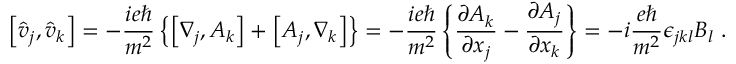
\left[ \hat { v } _ { j } , \hat { v } _ { k } \right] = - \frac { i e \hbar } { m ^ { 2 } } \left\{ \left[ \nabla _ { j } , A _ { k } \right] + \left[ A _ { j } , \nabla _ { k } \right] \right\} = - \frac { i e \hbar } { m ^ { 2 } } \left\{ \frac { \partial A _ { k } } { \partial x _ { j } } - \frac { \partial A _ { j } } { \partial x _ { k } } \right\} = - i \frac { e \hbar } { m ^ { 2 } } \epsilon _ { j k l } B _ { l } \; .